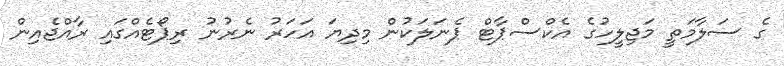
ގެ ސަލާމަތީ މަޖިލީހުގެ އެކްސްޕާޓް ޕެނަލަކުން މިދިޔަ އަހަރު ނެރުނު ރިޕޯޓެއްގައި ރާއްޖެއިން